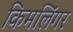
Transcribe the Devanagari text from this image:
किमलिंगर